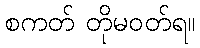
စကတ် တိုမဝတ်ရ။